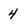
Character: 4